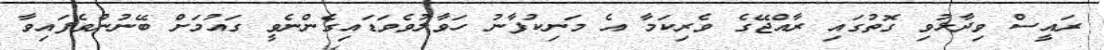
ރައީސް ވިދާޅުވި ގޮތުގައި ރާއްޖޭގެ ވެރިކަމާ އެ މަނިކުފާނު ހަވާލުވެވަޑައިގެންނެވީ ގައުމަށް ބޭނުންވެފައިވާ